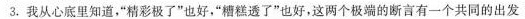
3.我从心底里知道，”精彩极了”也好，”糟糕透了”也好，这两个极端的断言有一个共同的出发